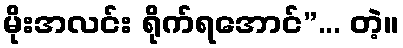
မိုးအလင်း ရိုက်ရအောင်”... တဲ့။